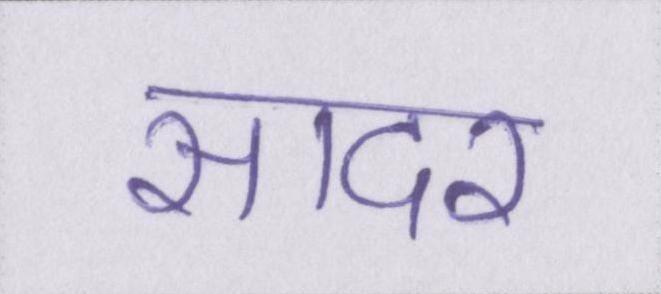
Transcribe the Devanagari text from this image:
सादर